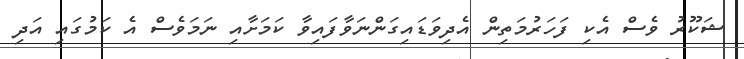
ޝަކޫރު ވެސް އެކި ފަހަރުމަތިން އެދިވަޑައިގަންނަވާފައިވާ ކަމަށާއި ނަމަވެސް އެ ކަމުގައި އަދި